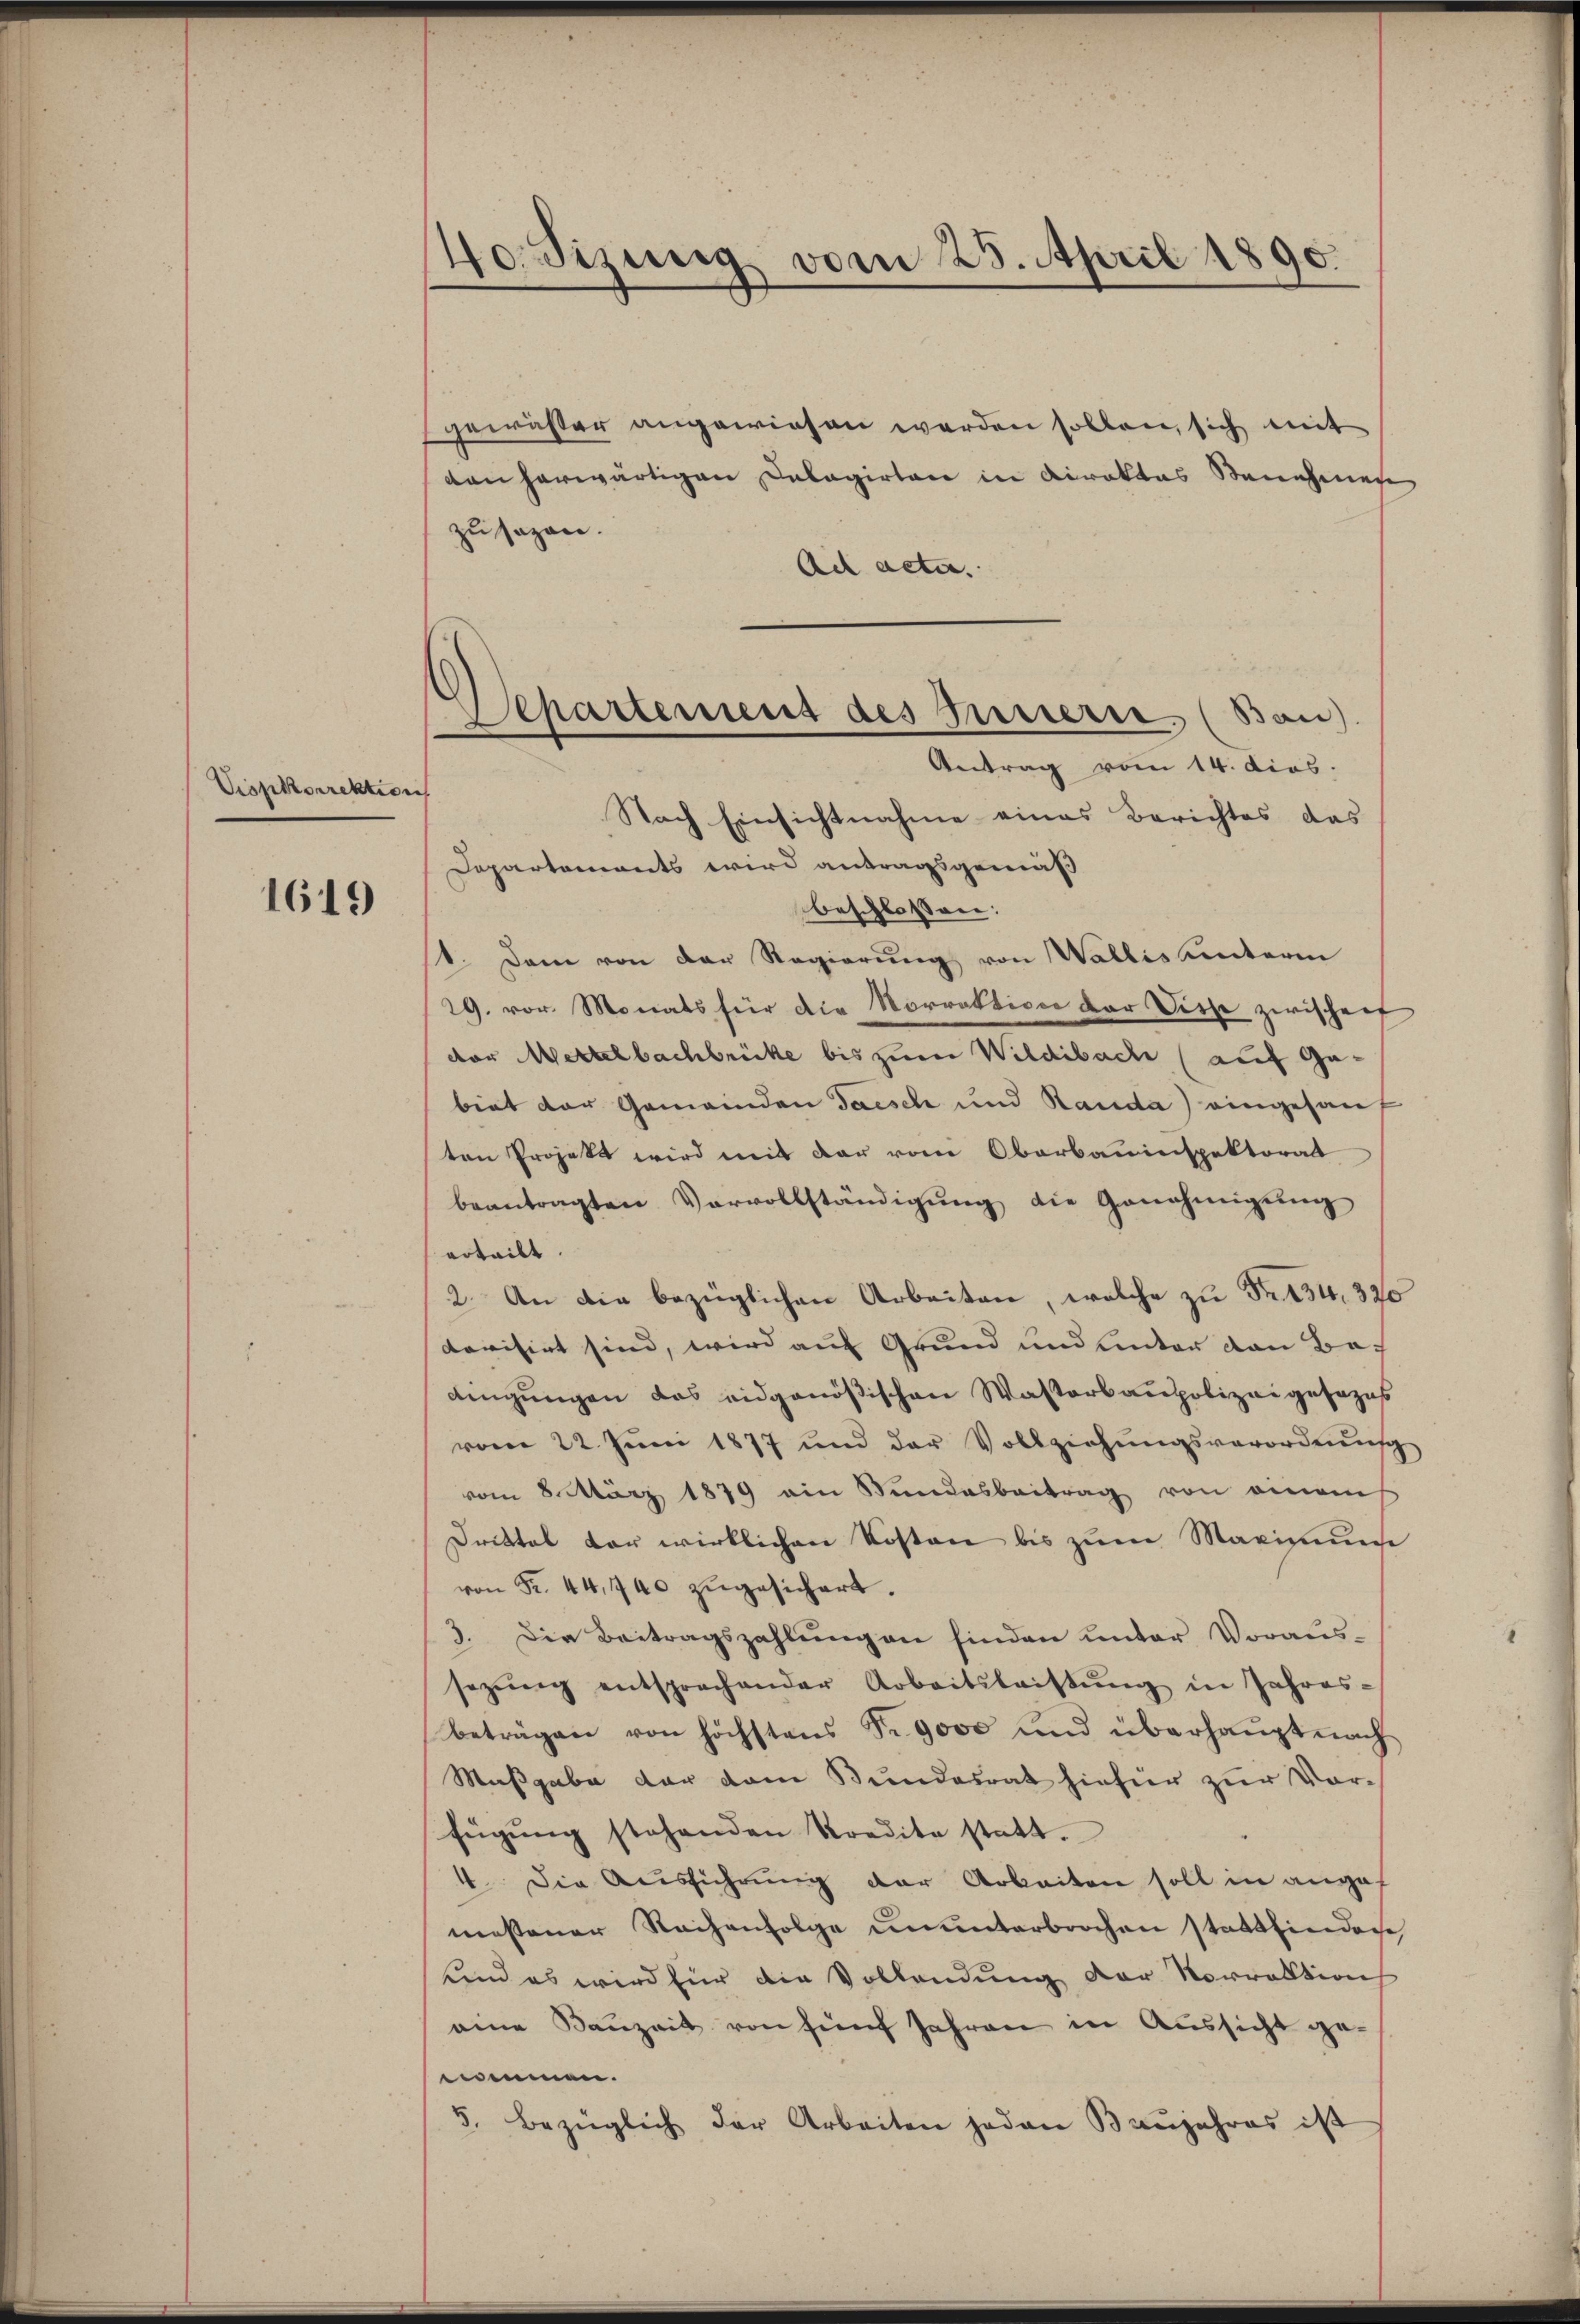
Vispkdirektion

1619

40. Sizung vom 25. April 1890.

Separtemens des Innerer. (Bau).
Antrag vom 14. dies.

gewässer angewiesen werden sollen, sich mit
den herwärtigen Delagirten in Direktes Sanenhange
zu sagen.
Ach acte.
Nach Einsichtnahme eines Berichtes das
Departements wird antragsgemäß
beschlossen:
1. Dann von der Regierung von Wallis unterin
19. vor. Monats für die Norrektion der Siche zwischen
dor Wettelbachbrücke bis zum Wildbach (auf Gabiet der Gemeinden Tasch und Rauda) eingesanf
ten Projekt wird mit der vom Oberbauinspektorat
beantragten Vervollständigŭng die Genehmigŭng
erteilt.
2. An die bezüglichen Arbeiten, welche zu Fr. 134. 320
dovisirt sind, wird auf Grund und unter den Bedingungen das eidgenößischen Wasterbaupolizei gesozus
vom 22. Jŭni 1877 und der Vollziehŭngsverordnŭng
vom 8. März 1879 ain Stundesbeitrag von eines
Drittel der wirklichen Kosten bis zum Maximung
von Fr. 44, 740 zugesichert.
3. Die Beitragszahlŭng an finden unter Voraus-
sezŭng entsprechender Arbeitsleistŭng in Jahres-
beträgen von höchstens Fr. 9000 und überhaŭpt nach
Maßgabe der vom Bundesrat hiefür zur Vorfügung stehenden Kredite statt.
4. Die Ausführŭng der Arbeiten soll in angef
messener Reihenfolge ununterbrochen stattfindene
und es wird für die Vollendung der Vorrektion
eine Kanzeit von fünf Jahren in Aussicht ge-
nommen.
5. bezüglich der Arbeiten jeden Baŭjahres ist